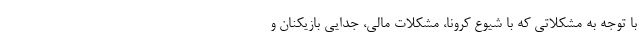
با توجه به مشکلاتی که با شیوع کرونا، مشکلات مالی، جدایی بازیکنان و